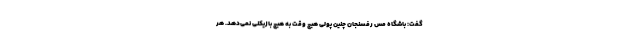
گفت: باشگاه مس رفسنجان چنین پولی هیچ وقت به هیچ بازیکنی نمی‌دهد. هر